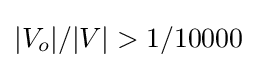
|V_{o}|/|V|>1/10000